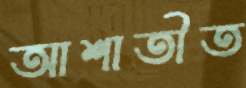
আশাতীত